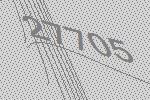
27705